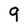
Character: 9